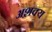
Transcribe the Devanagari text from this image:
अश़क्य